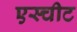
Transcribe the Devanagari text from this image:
एस्चीट